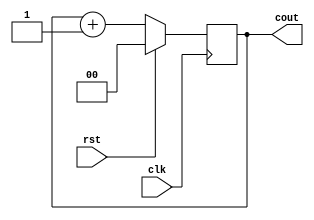
`timescale 1ns / 1ps

module counter(
    input clk,
    input rst,
    output reg [1:0] cout
    );
    
    always @(posedge clk)
    if (rst == 1 ) cout = 2'b00;
    else cout = cout+1;
    
endmodule